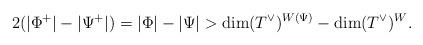
LaTeX: \begin{align*}2(|\Phi^+|-|\Psi^+|)=|\Phi|-|\Psi| > \dim (T^\vee)^{W(\Psi)} - \dim (T^\vee)^W. \end{align*}